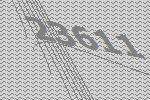
23611